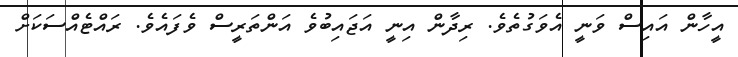
އީހާން އައިސް ވަނީ އެވަގުތެވެ. ރިދާން އިނީ އަޖައިބުވެ އަންތަރީސް ވެފައެވެ. ރައްޓެއްސަކަށް